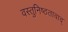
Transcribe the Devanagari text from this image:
वस्तुनिष्ठतावाद्